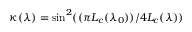
\kappa ( \lambda ) = \sin ^ { 2 } ( ( \pi L _ { c } ( \lambda _ { 0 } ) ) / 4 L _ { c } ( \lambda ) )